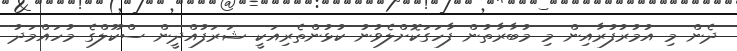
ދެން މި އުމުރުފުރާއިން މި މުބާރާތުން ފާހަގަކޮށްލެވުނު ކުޅުންތެރިއަކީ ޝަރަފުއްދީން ސްކޫލްގެ މުހައްމަދު